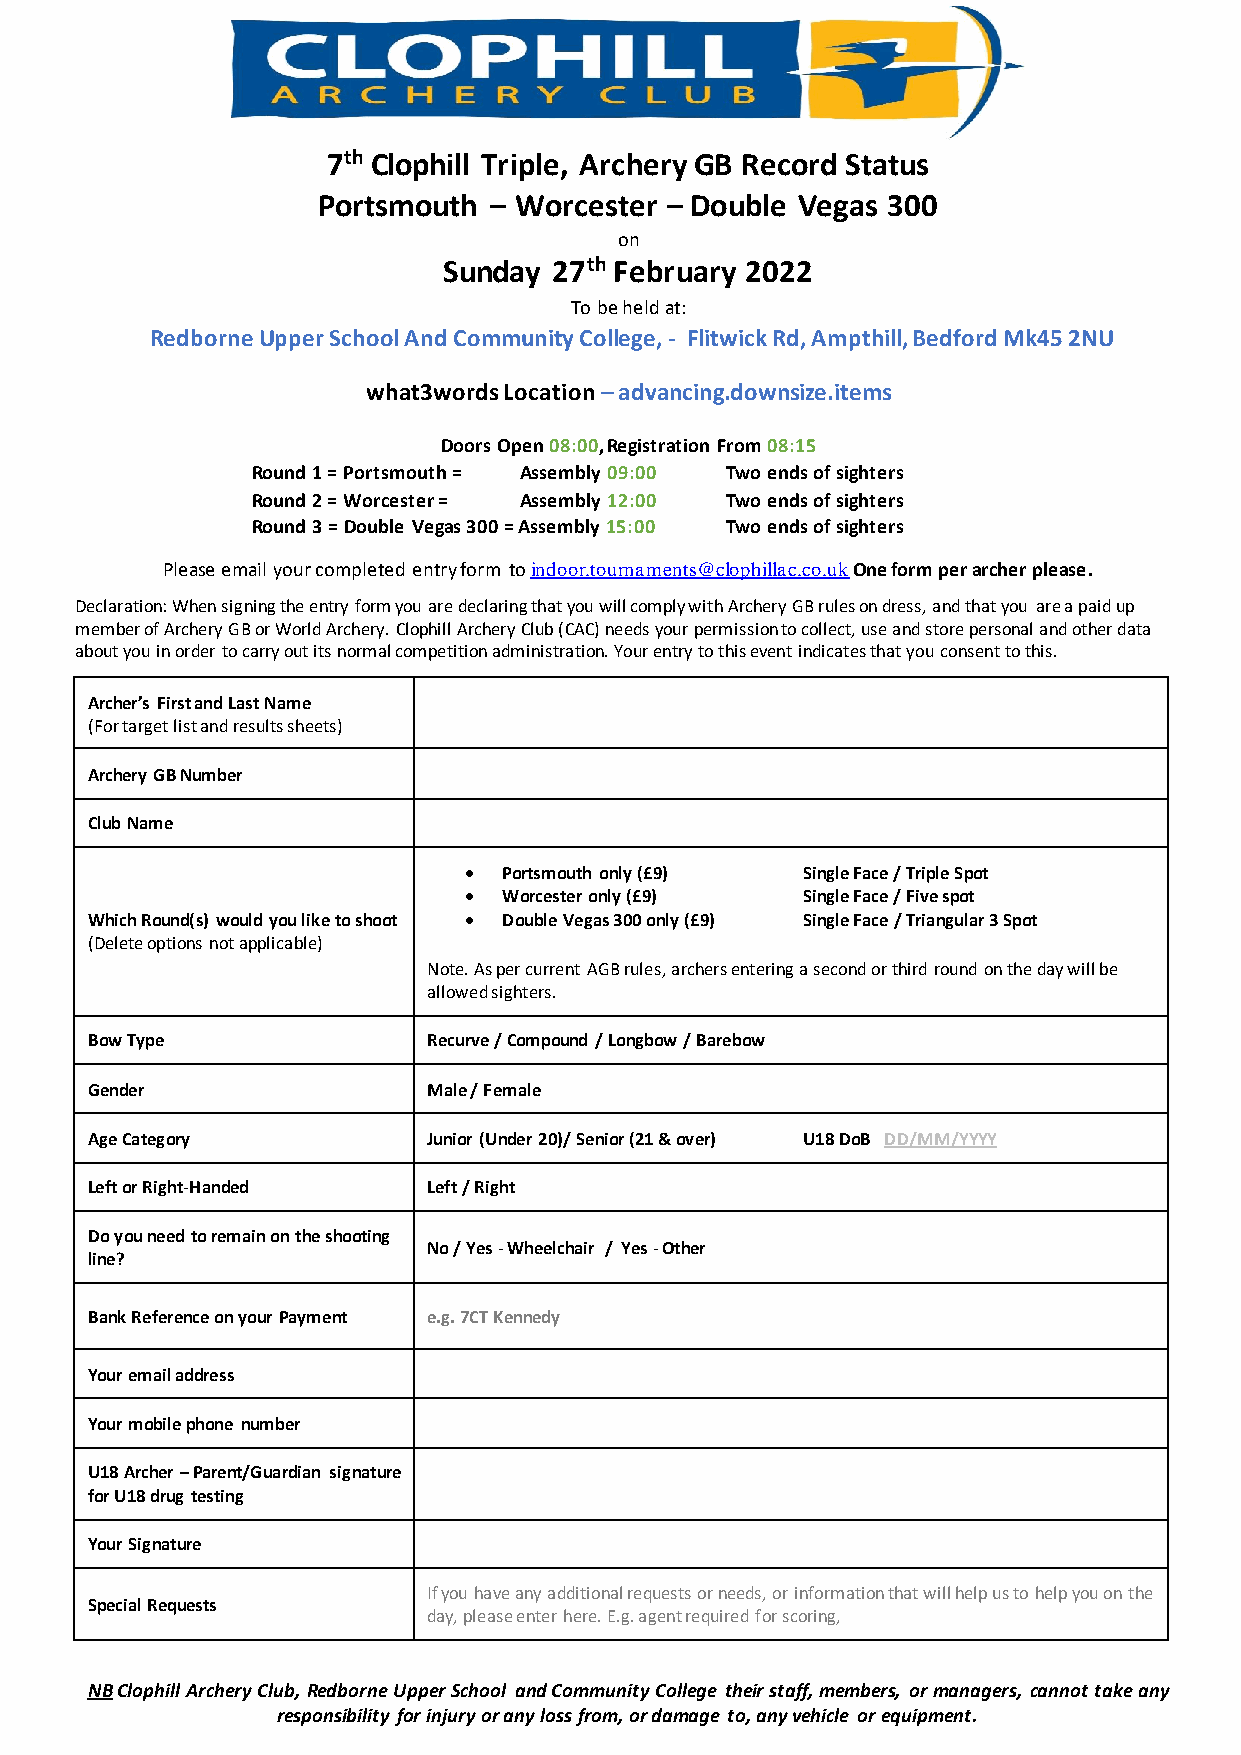
7th Clophill Triple, Archery GB Record Status
 Portsmouth – Worcester – Double Vegas 300
 on
 Sunday  27th February 2022
 To be held at:
 Redborne Upper School And Community College, - Flitwick Rd, Ampthill, Bedford Mk45 2NU
 what3words Location – advancing.downsize.items
 Doors Open 08:00, Registration From 08:15
 Round 1 = Portsmouth = Assembly 09:00 Two ends of sighters
 Round 2 = Worcester = Assembly 12:00 Two ends of sighters
 Round 3 = Double Vegas 300 = Assembly 15:00 Two ends of sighters
 Please email your completed entry form to indoor.tournaments@clophillac.co.uk One form per archer please.
 Declaration: When signing the entry form you are declaring that you will comply with Archery GB rules on dress, and that you are a paid up
 member of Archery GB or World Archery. Clophill Archery Club (CAC) needs your permission to collect, use and store personal and other data
 about you in order to carry out its normal competition administration. Your entry to this event indicates that you consent to this.
 Archer’s First and Last Name
 (For target list and results sheets)
 Archery GB Number
 Club Name
 • Portsmouth only (£9) Single Face / Triple Spot
 • Worcester only (£9) Single Face / Five spot
 Which Round(s) would you like to shoot • Double Vegas 300 only (£9) Single Face / Triangular 3 Spot
 (Delete options not applicable)
 Note. As per current AGB rules, archers entering a second or third round on the day will be
 allowed sighters.
 Bow Type              Recurve / Compound / Longbow / Barebow
 Gender                Male / Female
 Age Category          Junior (Under 20)/ Senior (21 & over) U18 DoB DD/MM/YYYY
 Left or Right-Handed  Left / Right
 Do you need to remain on the shooting
 No / Yes - Wheelchair / Yes - Other
 line?
 Bank Reference on your Payment e.g. 7CT Kennedy
 Your email address
 Your mobile phone number
 U18 Archer – Parent/Guardian signature
 for U18 drug testing
 Your Signature
 If you have any additional requests or needs, or information that will help us to help you on the
 Special Requests
 day, please enter here. E.g. agent required for scoring,
 NB Clophill Archery Club, Redborne Upper School and Community College their staff, members, or managers, cannot take any
 responsibility for injury or any loss from, or damage to, any vehicle or equipment.